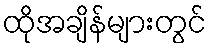
ထိုအချိန်များတွင်